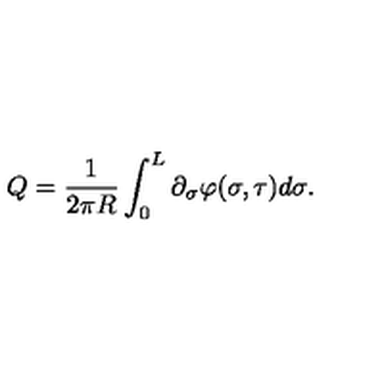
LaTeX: Q = \frac { 1 } { 2 \pi R } \int _ { 0 } ^ { L } \partial _ { \sigma } \varphi ( \sigma , \tau ) d \sigma .